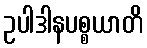
ဥပါဒါနပစ္စယာတိ